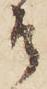
そ